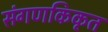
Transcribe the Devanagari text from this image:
संगणकिकृत